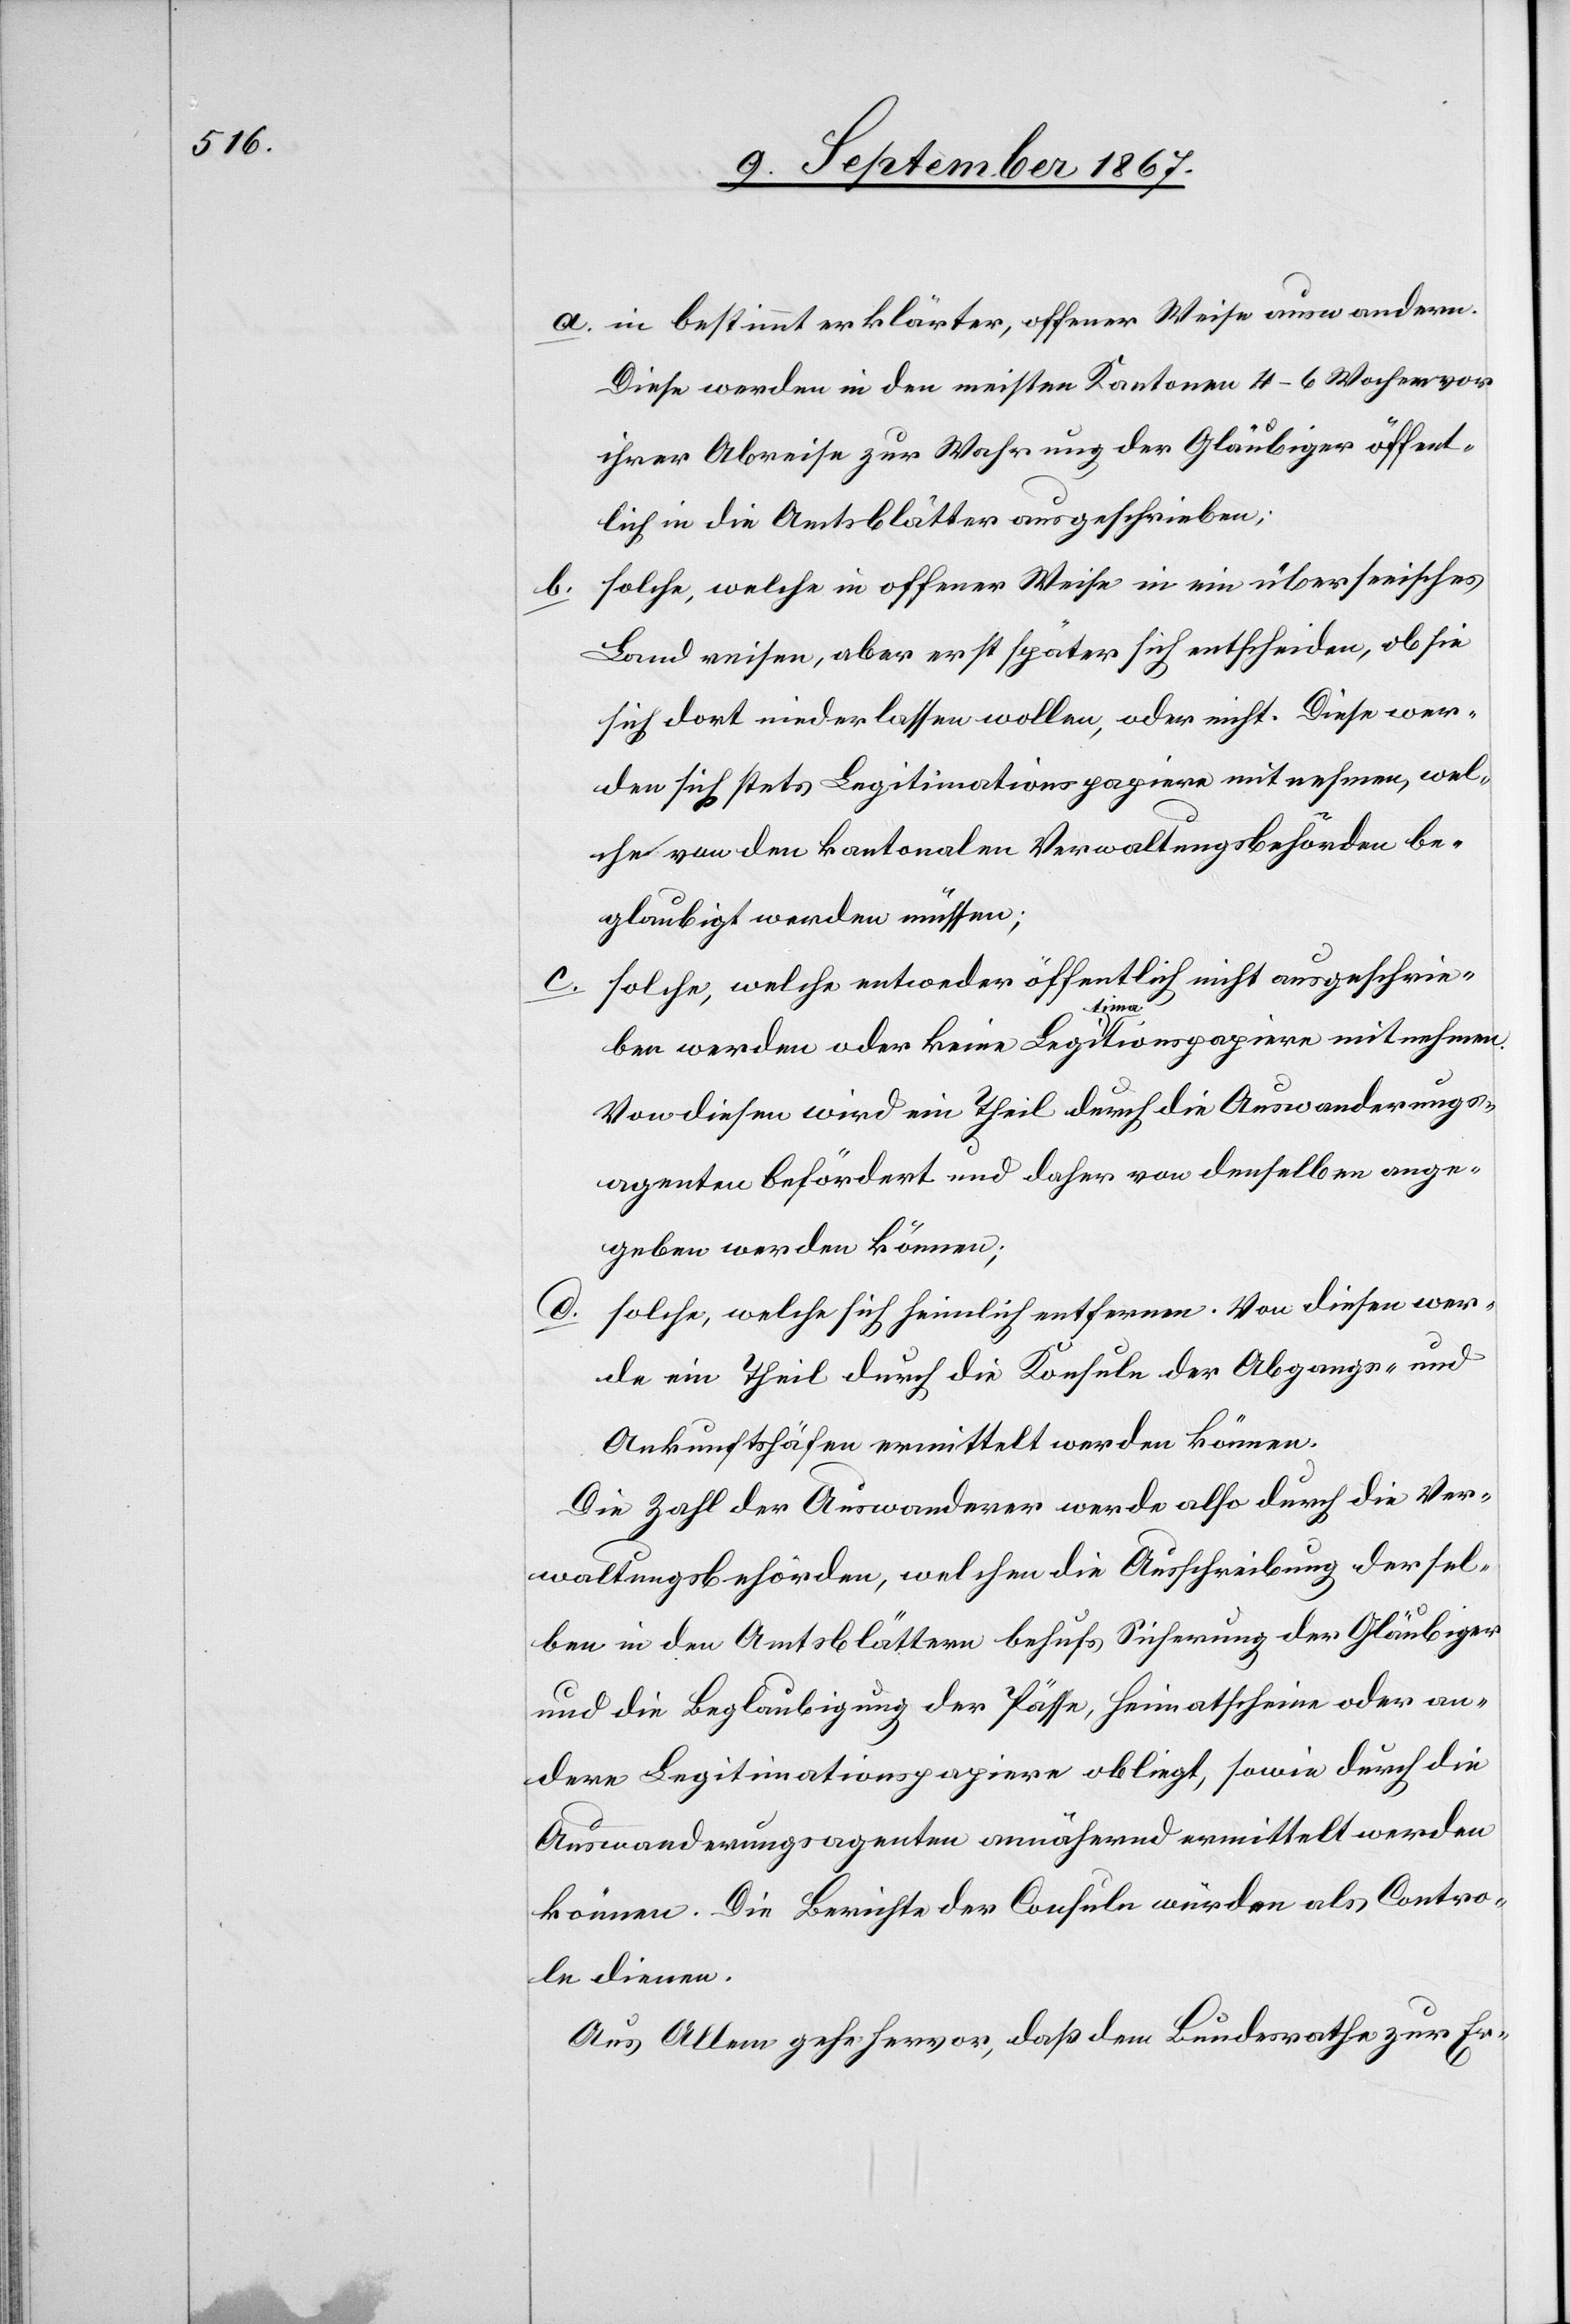
b.

a. in bestimmt erklärter, offener Weise auswandern.
Diese werden in den meisten Kantonen 4–6 Wochen vor
ihrer Abreise zur Wahrung der Gläubiger öffent¬
lich in die Amtsblätter ausgeschrieben.
solche, welche in offener Weise in ein überseeisches
Land reisen, aber erst später sich entscheiden, ob sie
sich dort niederlassen wollen, oder nicht. Diese wer¬
den sich stets Legitimationspapiere mitnehmen, wel¬
che von den kantonalen Verwaltungsbehörden be¬
glaubigt werden müssen;
solche, welche entweder öffentlich nicht ausgeschrie¬
äubiger
ben werden oder keine Legitimationspapiere mitnehmen.
Von diesen wird ein Theil durch die Auswanderungs¬
agenten befördert und daher von denselben ange¬
geben werden können;
d.
solche, welche sich heimlich entfernen. Von diesen wer¬
de ein Theil durch die Konsule der Abgangs- und
Ankunftshäfen ermittelt werden können.
Die Zahl der Auswanderer werde also durch die Ver¬
waltungsbehörden, welchen die Ausschreibung der Gl¬
und die Beglaubigung der Pässe, Heimatscheine oder an¬
dere Legitimationspapiere obliegt, sowie durch die
Auswanderungsagenten annähernd ermittelt werden
können. Die Berichte der Consule würden als Contro¬
le dienen.
Aus Allem gehe hervor, daß dem Bundesrathe zur Er-